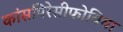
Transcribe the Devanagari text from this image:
कांसपिरेसीफोबिया